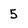
Character: 5